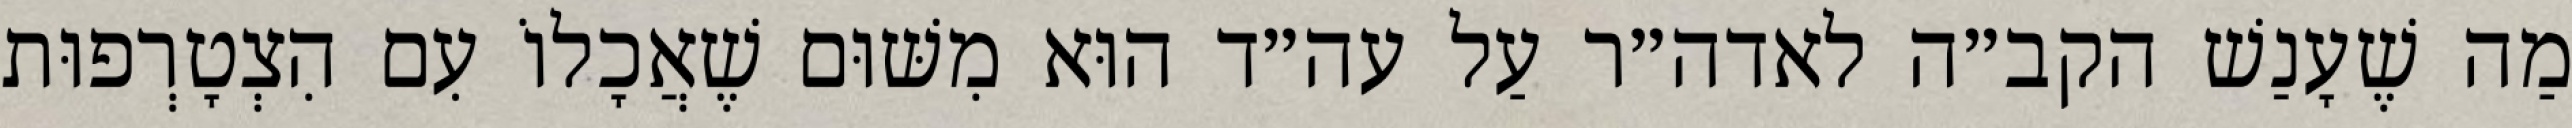
מַה שֶׁעָנַשׁ הקב״ה לאדה״ר עַל עה״ד הוּא מִשּׁוּם שֶׁאֲכָלוֹ עִם הִצְטָרְפוּת